Annual administration report of the Bombay Presidency - 1887-1892
Year: 1887
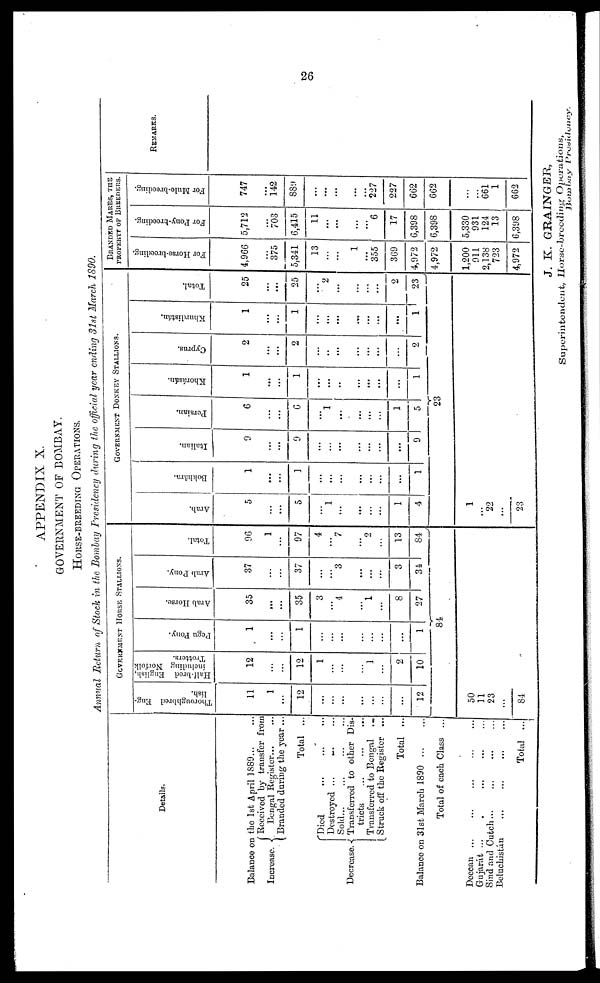
26
APPENDIX X.
GOVERNMENT OF BOMBAY.
MULE-BREEDING OPERATIONS.
Annual Return of Stock in the Bombay Presidency during the official year ending 31st March 1890.
Details.
Balance on the 1st April 1889... ...
Increase.
Decrease.
Received by transfer from
Bengal Register... ...
Branded during the year ...
Total ...
Died
...
...
...
Destroyed ... ... ...
Sold...
...
...
...
Transferred to other Dis-
tricts ... ... ...
Transferred to Bengal ...
Struck off the Register ...
Total ...
Balance on 31st March 1890
...
...
Total of each Class ...
Deccan ... ... ... ... ...
Gujarát ... ... ... ...
Sind and Cutch... ... ... ...
Bcluchistán ... ... ... ...
Total ...
GOVERNMENT HORSE STALLIONS.
Thoroughbred Eng-
lish.
11
1
...
12
...
...
...
...
...
...
...
12
Half-bred English,
including Norfolk
Trotters.
12
...
...
12
1
...
...
...
1
...
2
10
Pegu Pony.
1
...
1
...
...
...
...
...
...
...
1
Arab Horse.
35
...
...
35
3
...
4
...
1
...
8
27
Arab Pony.
37
...
37
...
...
3
...
...
...
3
34
Total.
96
1
...
97
4
...
7
...
2
...
13
84
84
50
11
23
...
81
GOVERNMENT DONKEY STALLIONS.
Arab.
5
...
...
5
...
1
...
...
...
...
1
4
Bokhara.
1
...
...
1
...
...
...
...
...
...
...
...
1
Italian.
9
...
...
9
...
...
...
...
...
...
...
...
9
Persian.
6
...
...
6
...
1
...
...
...
...
...
1
5
Khorásán.
1
...
...
1
...
...
..
...
...
...
...
...
1
Cyprus.
2
...
...
2
...
..
...
...
...
...
...
...
2
Khurdistán.
1
...
...
1
...
...
...
...
...
...
...
...
1
Total.
25
...
...
25
...
2
...
...
...
...
...
2
23
23
1
...
22
...
23
BRANDED MARES, THE
PROPERTY OF BRREDERS.
For Horse-breeding.
4,966
...
375
5,341
13
...
1
...
355
369
4,972
4,972
1,200
911
2,138
723
4,972
For Pony-breeding.
5,712
...
703
6,415
11
...
...
...
...
6
17
6,398
6,398
5,330
931
124
13
6,398
For Mule-breeding.
747
...
142
889
...
...
...
...
...
227
227
662
662
...
...
661
1
662
REMARKS.
J. K. GRAINGER,
Superintendent, Horse-breeding Operations,
Bombay Presidency.